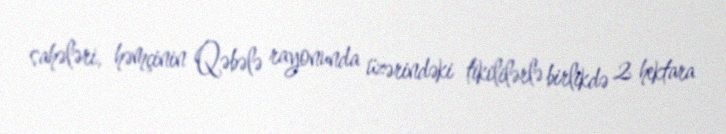
sahələri, həmçinin Qəbələ rayonunda üzərindəki tikililərlə birlikdə 2 hektara